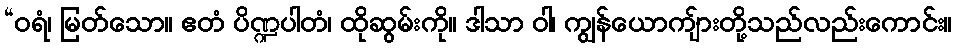
“ဝရံ၊ မြတ်သော။ ဧတံ ပိဏ္ဍပါတံ၊ ထိုဆွမ်းကို။ ဒါသာ ဝါ၊ ကျွန်ယောကျ်ားတို့သည်လည်းကောင်း။